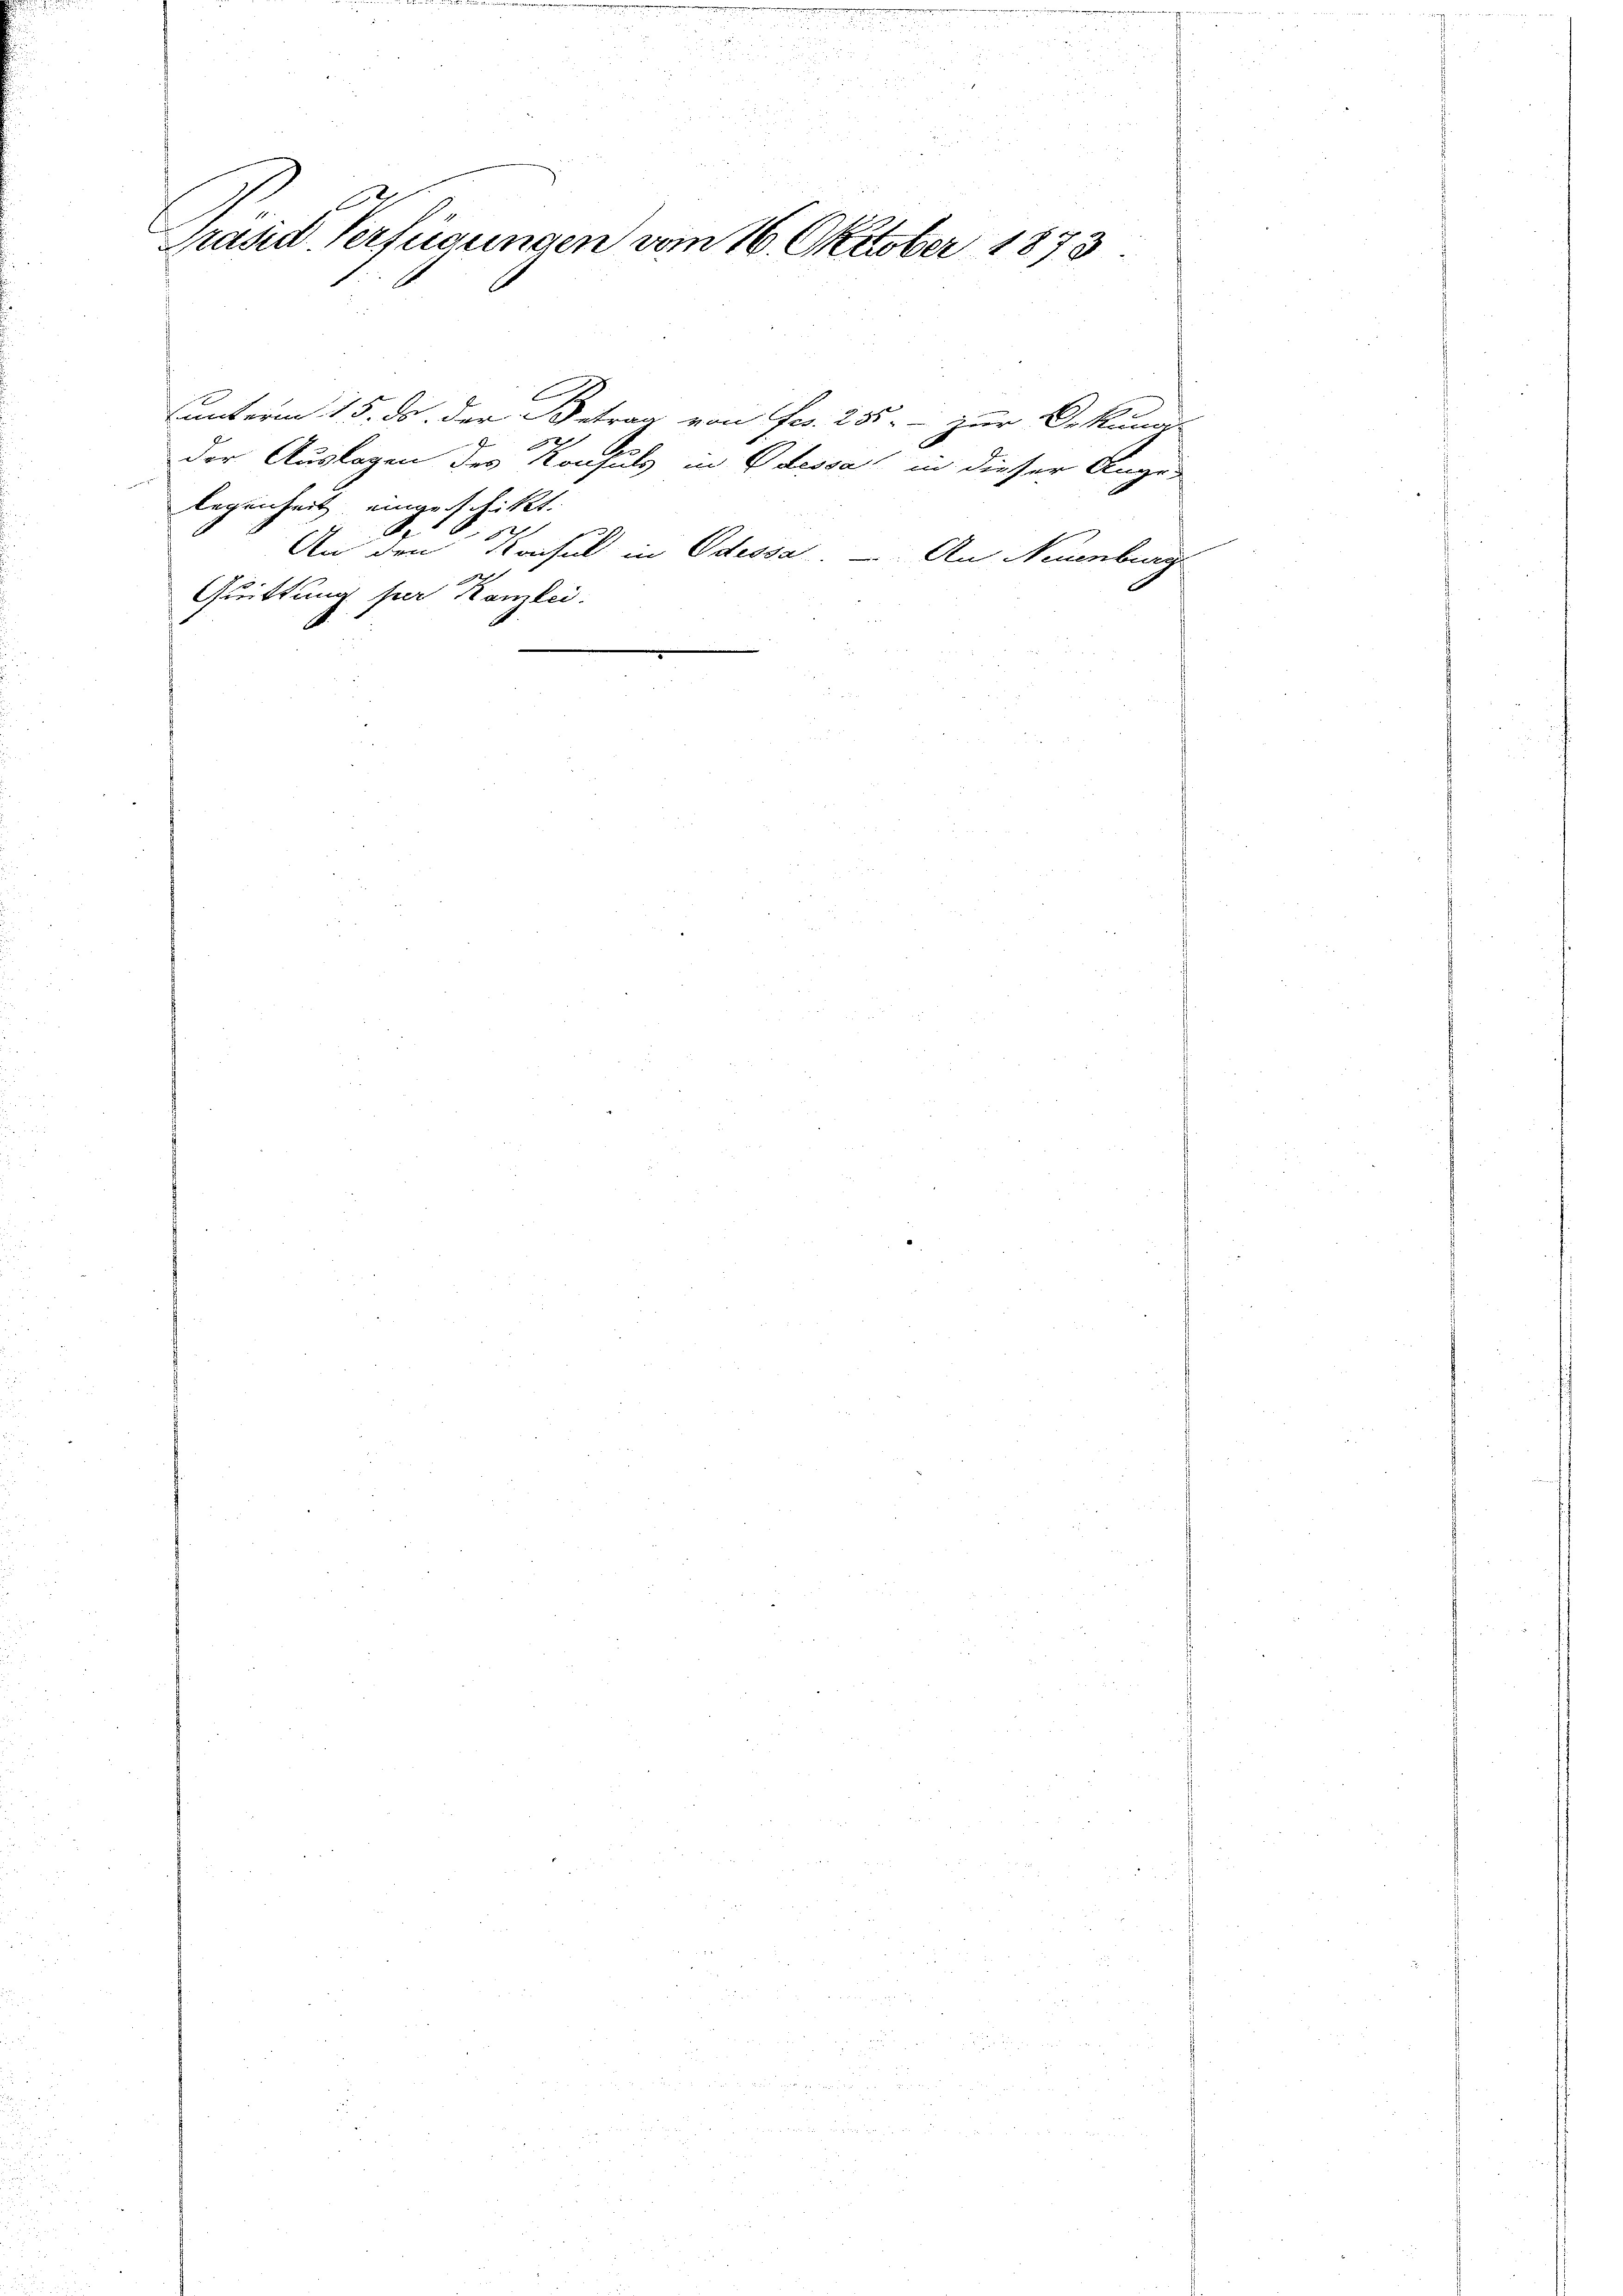
.
Präsid. Verfügungen vom 16. Oktober 1873

sunterin 15. ds. der Betrag von Fr. 255. - zur Dekund-
2
der Auslagen des Konsuls in dessa in dieser Ange-
legenheit eingeschickt.
e
An den Konsul in Odessa.
An Neuenburg

Quittung per Kanzlei.